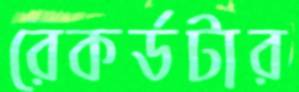
রেকর্ডটার